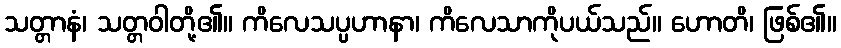
သတ္တာနံ၊ သတ္တဝါတို့၏။ ကိလေသပ္ပဟာနာ၊ ကိလေသာကိုပယ်သည်။ ဟောတိ၊ ဖြစ်၏။